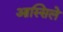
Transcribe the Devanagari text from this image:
आस्सिले